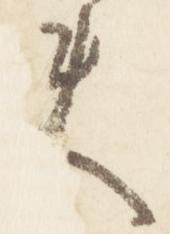
夫